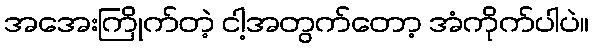
အအေးကြိုက်တဲ့ ငါ့အတွက်တော့ အံကိုက်ပါပဲ။